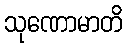
သုဏောမာတိ